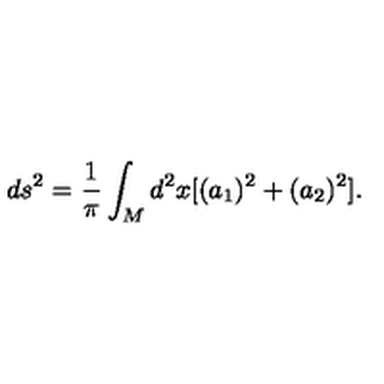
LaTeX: d s ^ { 2 } = \frac { 1 } { \pi } \int _ { M } d ^ { 2 } x [ ( a _ { 1 } ) ^ { 2 } + ( a _ { 2 } ) ^ { 2 } ] .